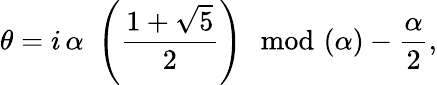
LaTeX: \theta=i\, \alpha\, \, \left(\frac{1+\sqrt{5}}{2}\right)\! \! \! \mod(\alpha)-\frac{\alpha}{2},